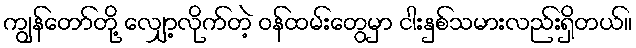
ကျွန်တော်တို့ လျှော့လိုက်တဲ့ ဝန်ထမ်းတွေမှာ ငါးနှစ်သမားလည်းရှိတယ်။